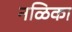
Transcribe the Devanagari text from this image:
नळिका